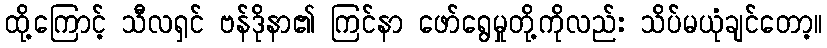
ထို့ကြောင့် သီလရှင် ဗန်ဒိုနာ၏ ကြင်နာ ဖော်ရွေမှုတို့ကိုလည်း သိပ်မယုံချင်တော့။